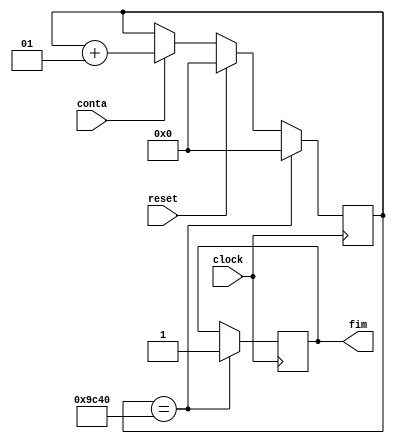
module contador (
	clock,
	reset,
	conta,
	fim
);

	input clock, conta, reset;

	output reg fim;

	integer contagem;

	always @ (posedge clock) begin
		if(reset)
			contagem <= 0;
		else
			if(conta)
				contagem <= contagem + 1;
		
		if(contagem == 40000) begin
			fim <= 1;
			contagem <= 0;
		end
		
	end

endmodule